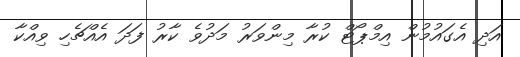
އަދި އެގައުމުން އިމްޕޯޓް ކުރާ މިންވަރު މަދުވެ ކާރު ފަދަ އެއްޗެހި ވިއްކާ